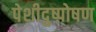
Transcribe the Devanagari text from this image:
पेशीदुष्पोषण